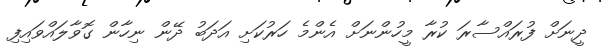
ދީނަށް ފުރައްސާރަ ކުރާ މީހުންނަށް އެންމެ ހަރުކަށި އަދަބު ދޭން ނިހާން ގޮވާލައްވައިފި